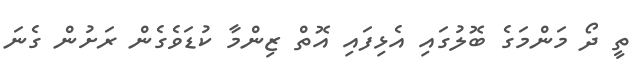
ތީ ދޯ މަންމަގެ ބޮލުގައި އެޅިފައި އޮތް ޒިންމާ ކުޑަވެގެން ރަށުން ގެނަ